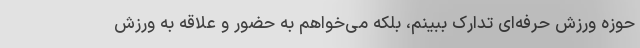
حوزه ورزش حرفه‌ای تدارک ببینم، بلکه می‌خواهم به حضور و علاقه به ورزش